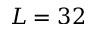
L = 3 2